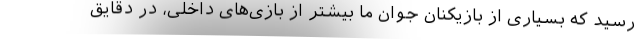
رسید که بسیاری از بازیکنان جوان ما بیشتر از بازی‌های داخلی، در دقایق